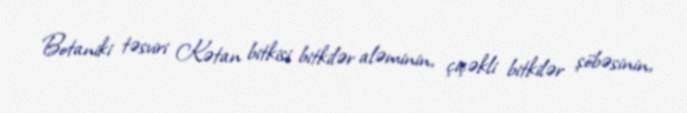
Botaniki təsviri Kətan bitkisi bitkilər aləminin, çiçəkli bitkilər şöbəsinin,